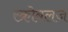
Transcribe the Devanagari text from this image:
स्क्रोबलज